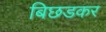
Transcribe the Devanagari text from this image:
बिछडकर